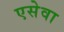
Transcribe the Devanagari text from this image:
एसेवा